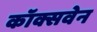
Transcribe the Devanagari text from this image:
कॉक्सवेन